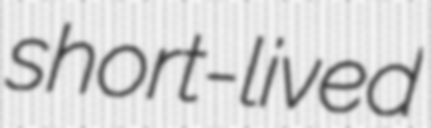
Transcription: short-lived